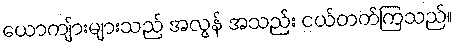
ယောကျ်ားများသည် အလွန် အသည်း ငယ်တတ်ကြသည်။